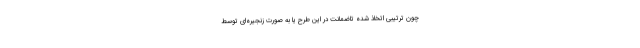
چون ترتیبی اتخاذ شده تاضمانت در این طرح یا به صورت زنجیره‌ای توسط